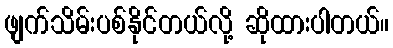
ဖျက်သိမ်းပစ်နိုင်တယ်လို့ ဆိုထားပါတယ်။